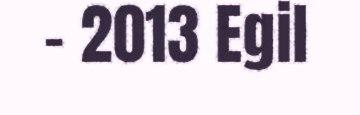
– 2013 Egil